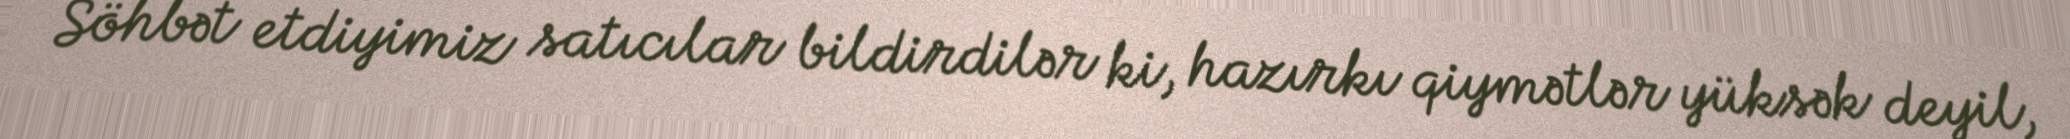
Söhbət etdiyimiz satıcılar bildirdilər ki, hazırkı qiymətlər yüksək deyil,